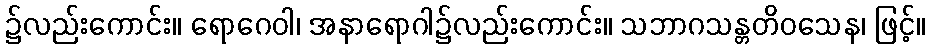
၌လည်းကောင်း။ ရောဂေဝါ၊ အနာရောဂါ၌လည်းကောင်း။ သဘာဂသန္တတိဝသေန၊ ဖြင့်။